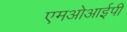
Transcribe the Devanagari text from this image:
एमओआईपी